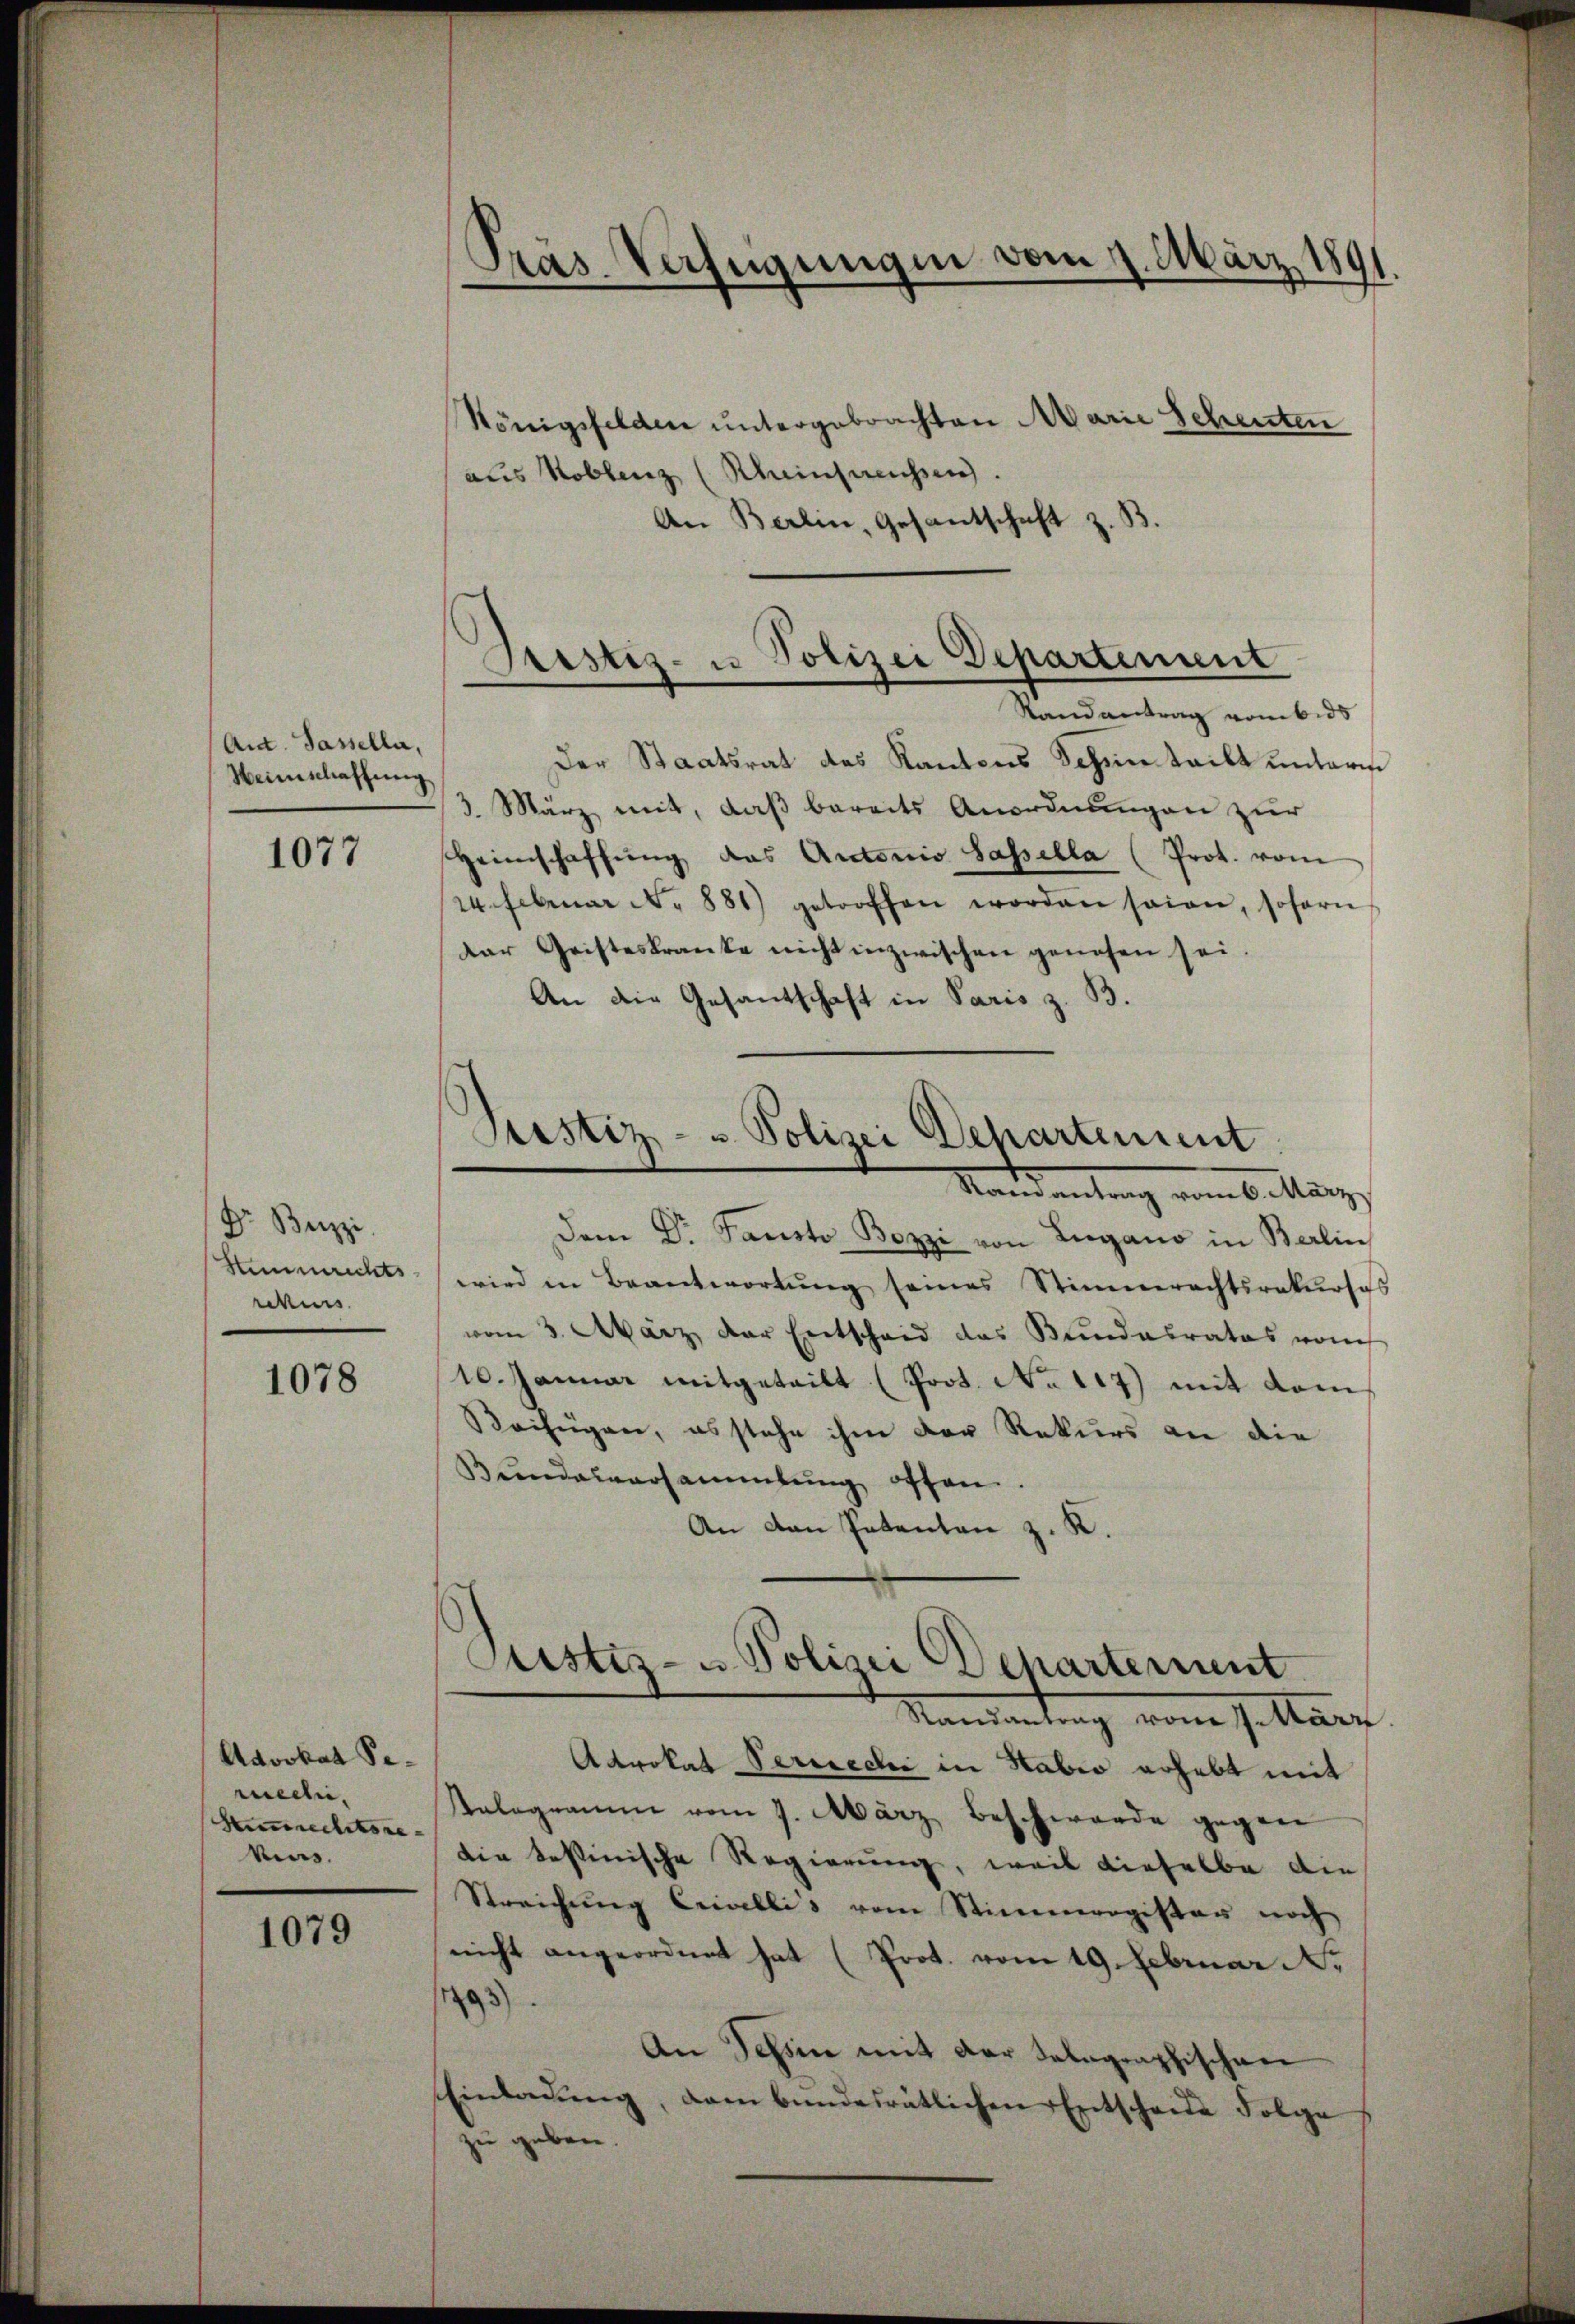
Act. Passella,
Heimschaffung

1077

Dr. Beizi
Stemmrichts
rekurs

1078

Advokat Se-
mech.
Huneclitore
kins.

1079

Königsfelden untergebrachten Marie Schenten
aus Koblenz (Rheinsamessen.
An Berlin, Gesantschaft z. B.

Präs. Verfügungen vom 9. März 1891.

Der Staatsrat des Kantons Scheinteilt unterne
3. März mit, daß bereits Anordnungen zur
Heimschaffŭng das Antonio Sassella (Prot. vom
24. Februar N. 881) getroffen worden seien, soforn
dar Geisteskranke nicht inzwischen genesen sei.
An die Gesantschaft in Paris z. B.
Dem Dr. Fausto Bozzi von Lugano in Berlin
wird in Beantwortung seines Stimmrechtsrakurses
vom 3. März der Entscheid das Bundesrates vom
10. Januar mitgeteilt (Prot. No 117) mit kom
Beifügen, es stehe ihm der Rekurs an die
Bŭndauversammlung offen.
An den Patenten z. K.
Custiz- u Polizei Departement
Randantrag vom März
Advokat Perrechi in Habio erhebt mit
Kalogramm vom 7. März beschwerde gegen
die bestinische Regierung, weil dieselbe die
Streichŭng Crivellis vom Stimmergister noch
nicht angeordnet hat (Prot. vom 19. Februar N.
1993)
An Tessin mit der Selographischen
Einladŭng, dem bundesrätlichen Entscheide Folge
zu geben.

Sistiz- u Polizei Departement
Randantrag vom 6. ds

Justiz- u Polizei Departement
Mandantung vom 6. März,